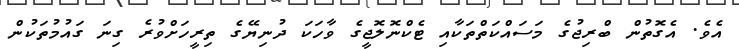
އެވެ. އެގޮތުން ބްރިޖުގެ މަސައްކަތްތަކާއި ޓެކްނޮލޮޖީގެ ވާހަކަ ދުނިޔޭގެ ތިރީހަށްވުރެ ގިނަ ގައުމުތަކުން